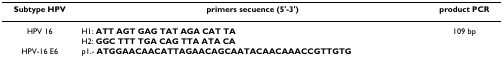
<table><thead><tr><td><b>Subtype HPV</b></td><td><b>primers secuence (5&#x27;-3&#x27;)</b></td><td><b>product PCR</b></td></tr></thead><tbody><tr><td>HPV 16</td><td>H1: <b>ATT AGT GAG TAT AGA CAT TA</b></td><td>109 bp</td></tr><tr><td></td><td>H2: <b>GGC TTT TGA CAG TTA ATA CA</b></td><td></td></tr><tr><td>HPV-16 E6</td><td>p1.- <b>ATGGAACAACATTAGAACAGCAATACAACAAACCGTTGTG</b></td><td></td></tr></tbody></table>